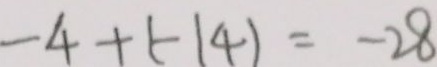
- 4 + ( - 1 4 ) = - 2 8